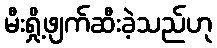
မီးရှို့ဖျက်ဆီးခဲ့သည်ဟု